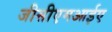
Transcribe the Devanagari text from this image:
जीसीएमआईए